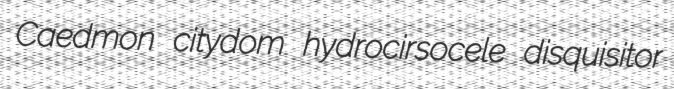
Caedmon citydom hydrocirsocele disquisitor